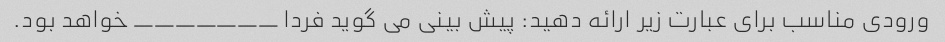
ورودی مناسب برای عبارت زیر ارائه دهید: پیش بینی می گوید فردا _______ خواهد بود.